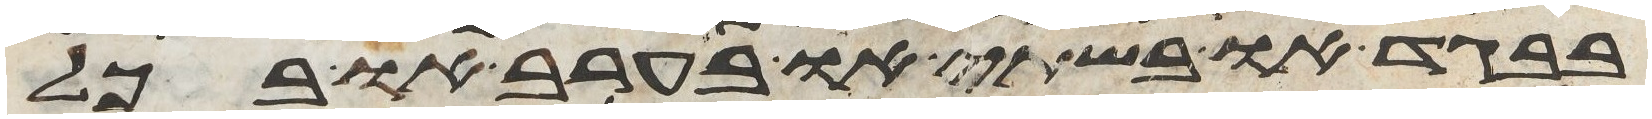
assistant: בבגד או בשתי או בערב או בכל